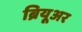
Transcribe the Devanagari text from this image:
ब्रियूअर